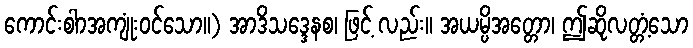
ကောင်းစါာအကျုံးဝင်သော။) အာဒိသဒ္ဒေနစ၊ ဖြင့် လည်း။ အယမ္ပိအတ္တော၊ ဤဆိုလတ္တံ့သော